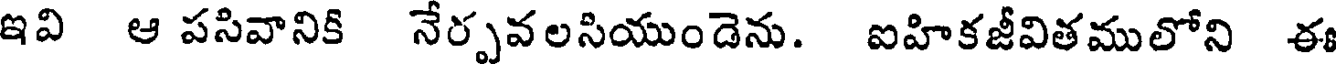
ఇవి ఆ పసివానిక నేర్పవలసియుండెను. ఐహికజీవితములోని ఈ